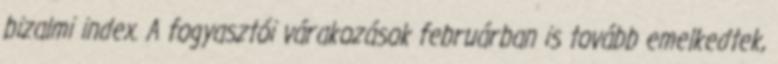
bizalmi index. A fogyasztói várakozások februárban is tovább emelkedtek,